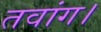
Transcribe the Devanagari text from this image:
तवांग।